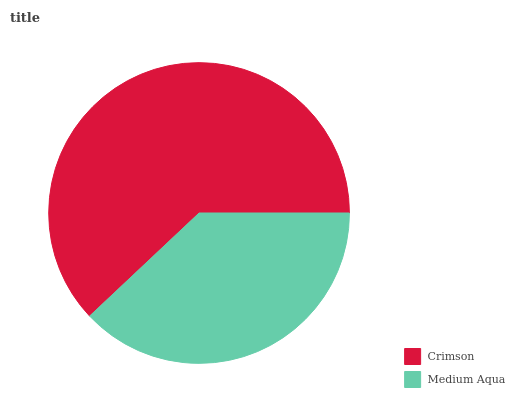
| Crimson | Medium Aqua |
 | --- | --- |
 | 62% | 38% |